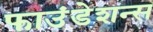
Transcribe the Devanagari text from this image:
फाउंडेशन्स